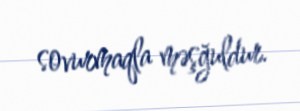
sovurmaqla məşğuldur.